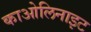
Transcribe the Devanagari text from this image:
काओलिनाइट